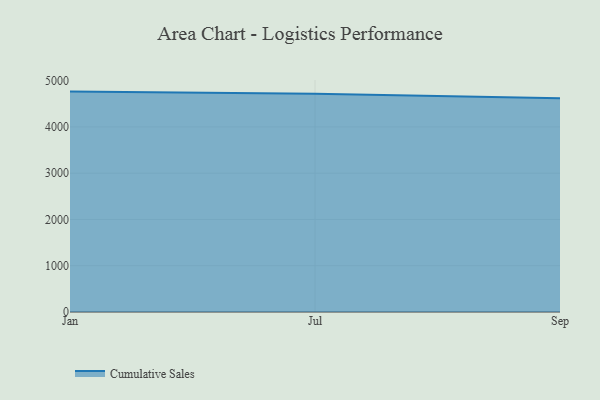
{"axis": {"x": "Month", "y": "Satisfaction Score"}, "legend": ["Cumulative Sales"], "data": [{"x": "Jan", "y": 4763.0, "type": "Cumulative Sales"}, {"x": "Jul", "y": 4714.4, "type": "Cumulative Sales"}, {"x": "Sep", "y": 4618.5, "type": "Cumulative Sales"}]}